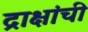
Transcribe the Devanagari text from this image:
द्राक्षांची